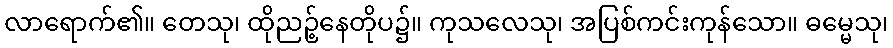
လာရောက်၏။ တေသု၊ ထိုညဉ့်နေတိုပ၌။ ကုသလေသု၊ အပြစ်ကင်းကုန်သော။ ဓမ္မေသု၊